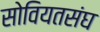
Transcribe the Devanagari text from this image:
सोवियतसंघ